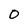
Character: O